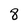
Character: 8